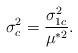
LaTeX: \begin{align*}\sigma_c^{2}=\frac{\sigma_{1c}^2}{\mu^{*2}}.\end{align*}